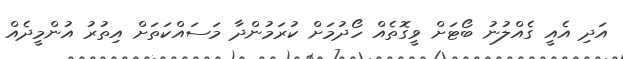
އަދި އެއީ ގެއްލުނު ބޯޓަށް ވީގޮތެއް ހޯދުމަށް ކުރަމުންދާ މަސައްކަތަށް އިތުރު އުންމީދެއް